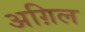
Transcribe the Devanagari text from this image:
अग़िल